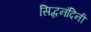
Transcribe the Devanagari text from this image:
सिद्धनंदिनी